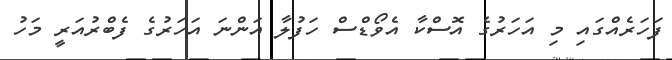
ފަހަރެއްގައި މި އަހަރުގެ އޮސްކާ އެވޯޑްސް ހަފުލާ އަންނަ އަހަރުގެ ފެބްރުއަރީ މަހު